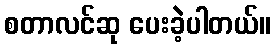
စတာလင်ဆု ပေးခဲ့ပါတယ်။